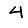
Digit: 4